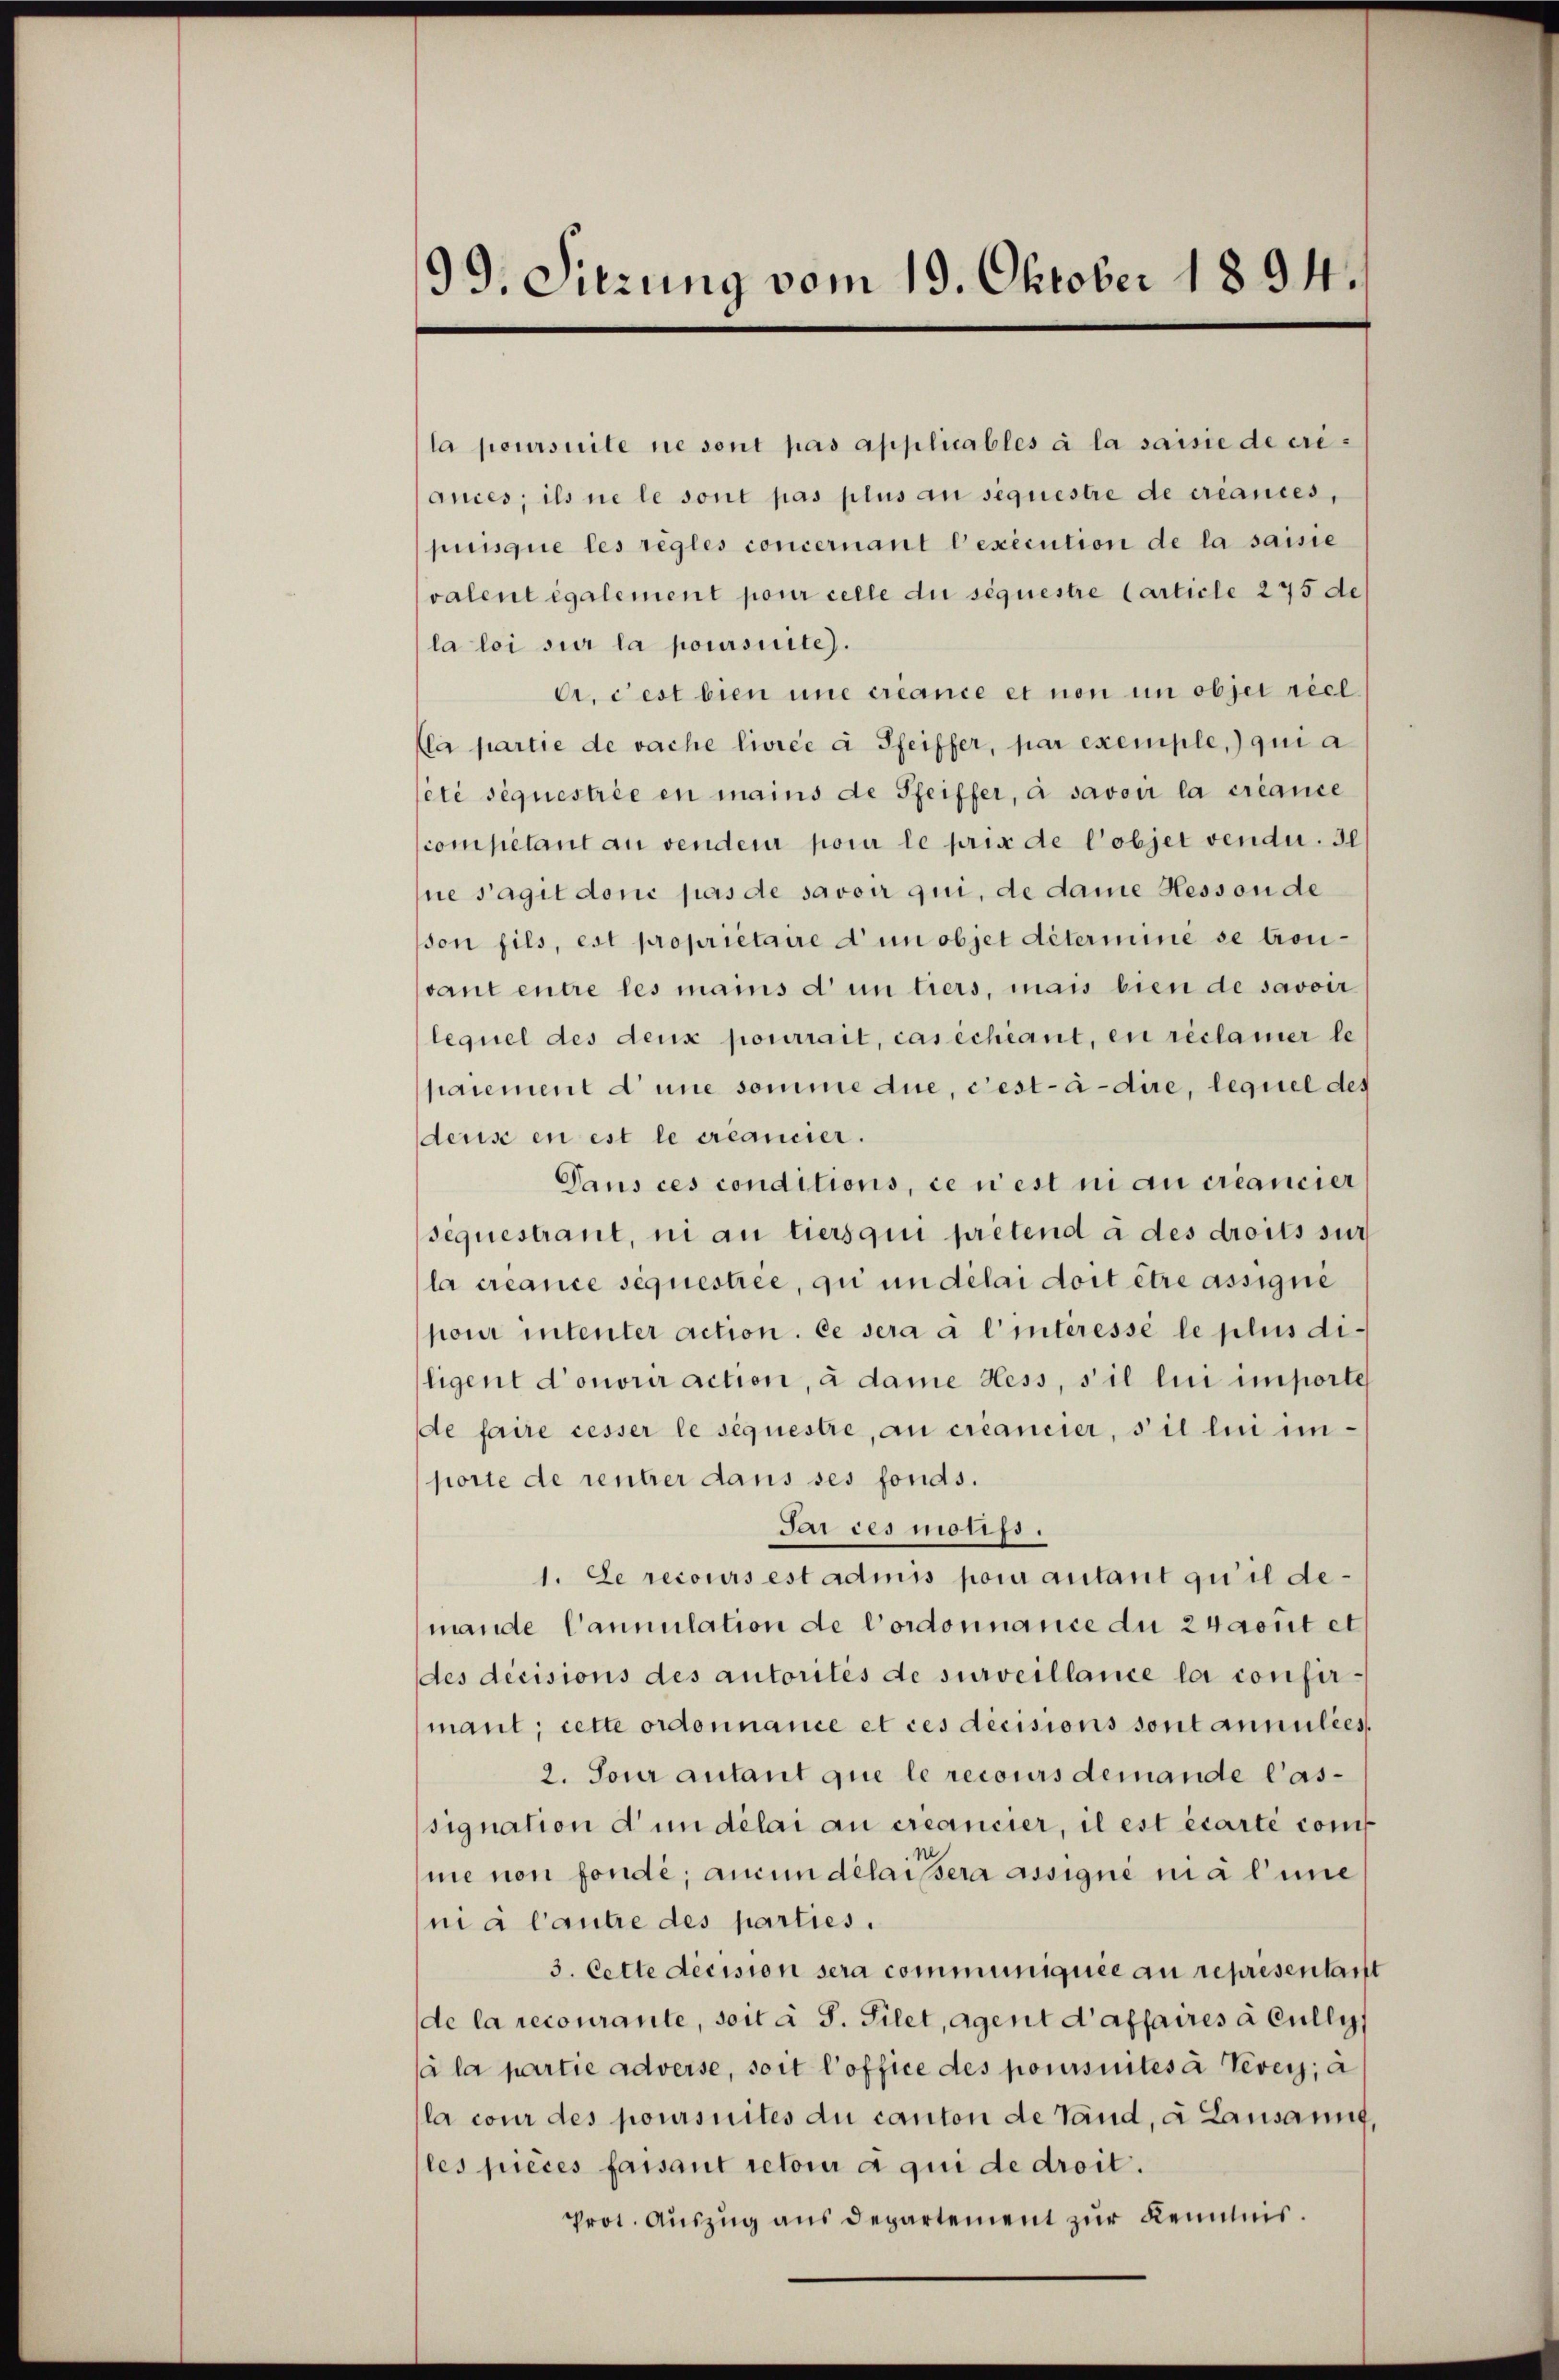
99. Sitzung vom 19. Oktober 1894.

la poursuite ne sont pas applicables à la saisie de criances, ils ne le sont pas plus an sequestre de créances,
puisque les règles concernant l’exécution de la saisie
valent également pour celle du séquestre Carticle 275 de
la loi sur la poursuite).
A, cest bien une créance et non in objet réel
(la partie de vache livrée à Pfeiffer, par exemple, qui a
été séquestrie en mains de Pfeiffer, à savoir la créance
competant au venden pour le prix de l’objet vendu. 30
ne s’agit donc pas de savoir qui, de dame Hesson de
son fils, est proprietaire d’un objet déterminé se trou-
vant entre les manis d’un tiers, mais bien de savoir
lequel des deux pourrait, cas échéant, en réclamer le
paiement d’une somme due, c’est-à-dire, lequel des
deuse en est le créancier.
Pans ces conditions, ce n’est ni au créancier
sequestrant, ni au tiers qui pretend à des droits sur
la créance séquestree, qui un délai doit être assigni
pour intenter action. Le sera a l’interessé le plus diligent d’onorir action, à dame Hess, s’il lui importes
de faire cesser le sequestre, au créancier, s il lui importe de rentrer dans ses fonds.
Par ces moufs.
1. Le recours est admis pour autant qu’il demande Cannulation de l’ordonnance du 24 sont et
des decisions des autorités de surveillance la confirmant; cette ordonnance et ces decisions sont annulées
2. Sour autant que le recours demande Cassignation d’un délai au créancier, il est écarte com
me non fonde; aucun délaissera assigné mal nie
ni à l’autre des parties.
3. Cette decision sera communiquée au représentarst
de la recourante, soit à S. Filet, Agent d’affaires à Cully
(à la partie adverse, soit l’office des poursintes à Vevey, a
la cour des poursuites du canton de Land, a Lausannt,
les pieces faisant retori a qui de droit.
Prot. Auszug aus Departement zur Kenntnis.